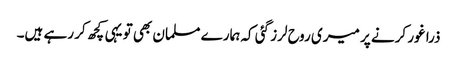
ذرا غور کرنے پر میری روح لرز گئی کہ ہمارے مسلمان بھی تو یہی کچھ کر رہے ہیں۔